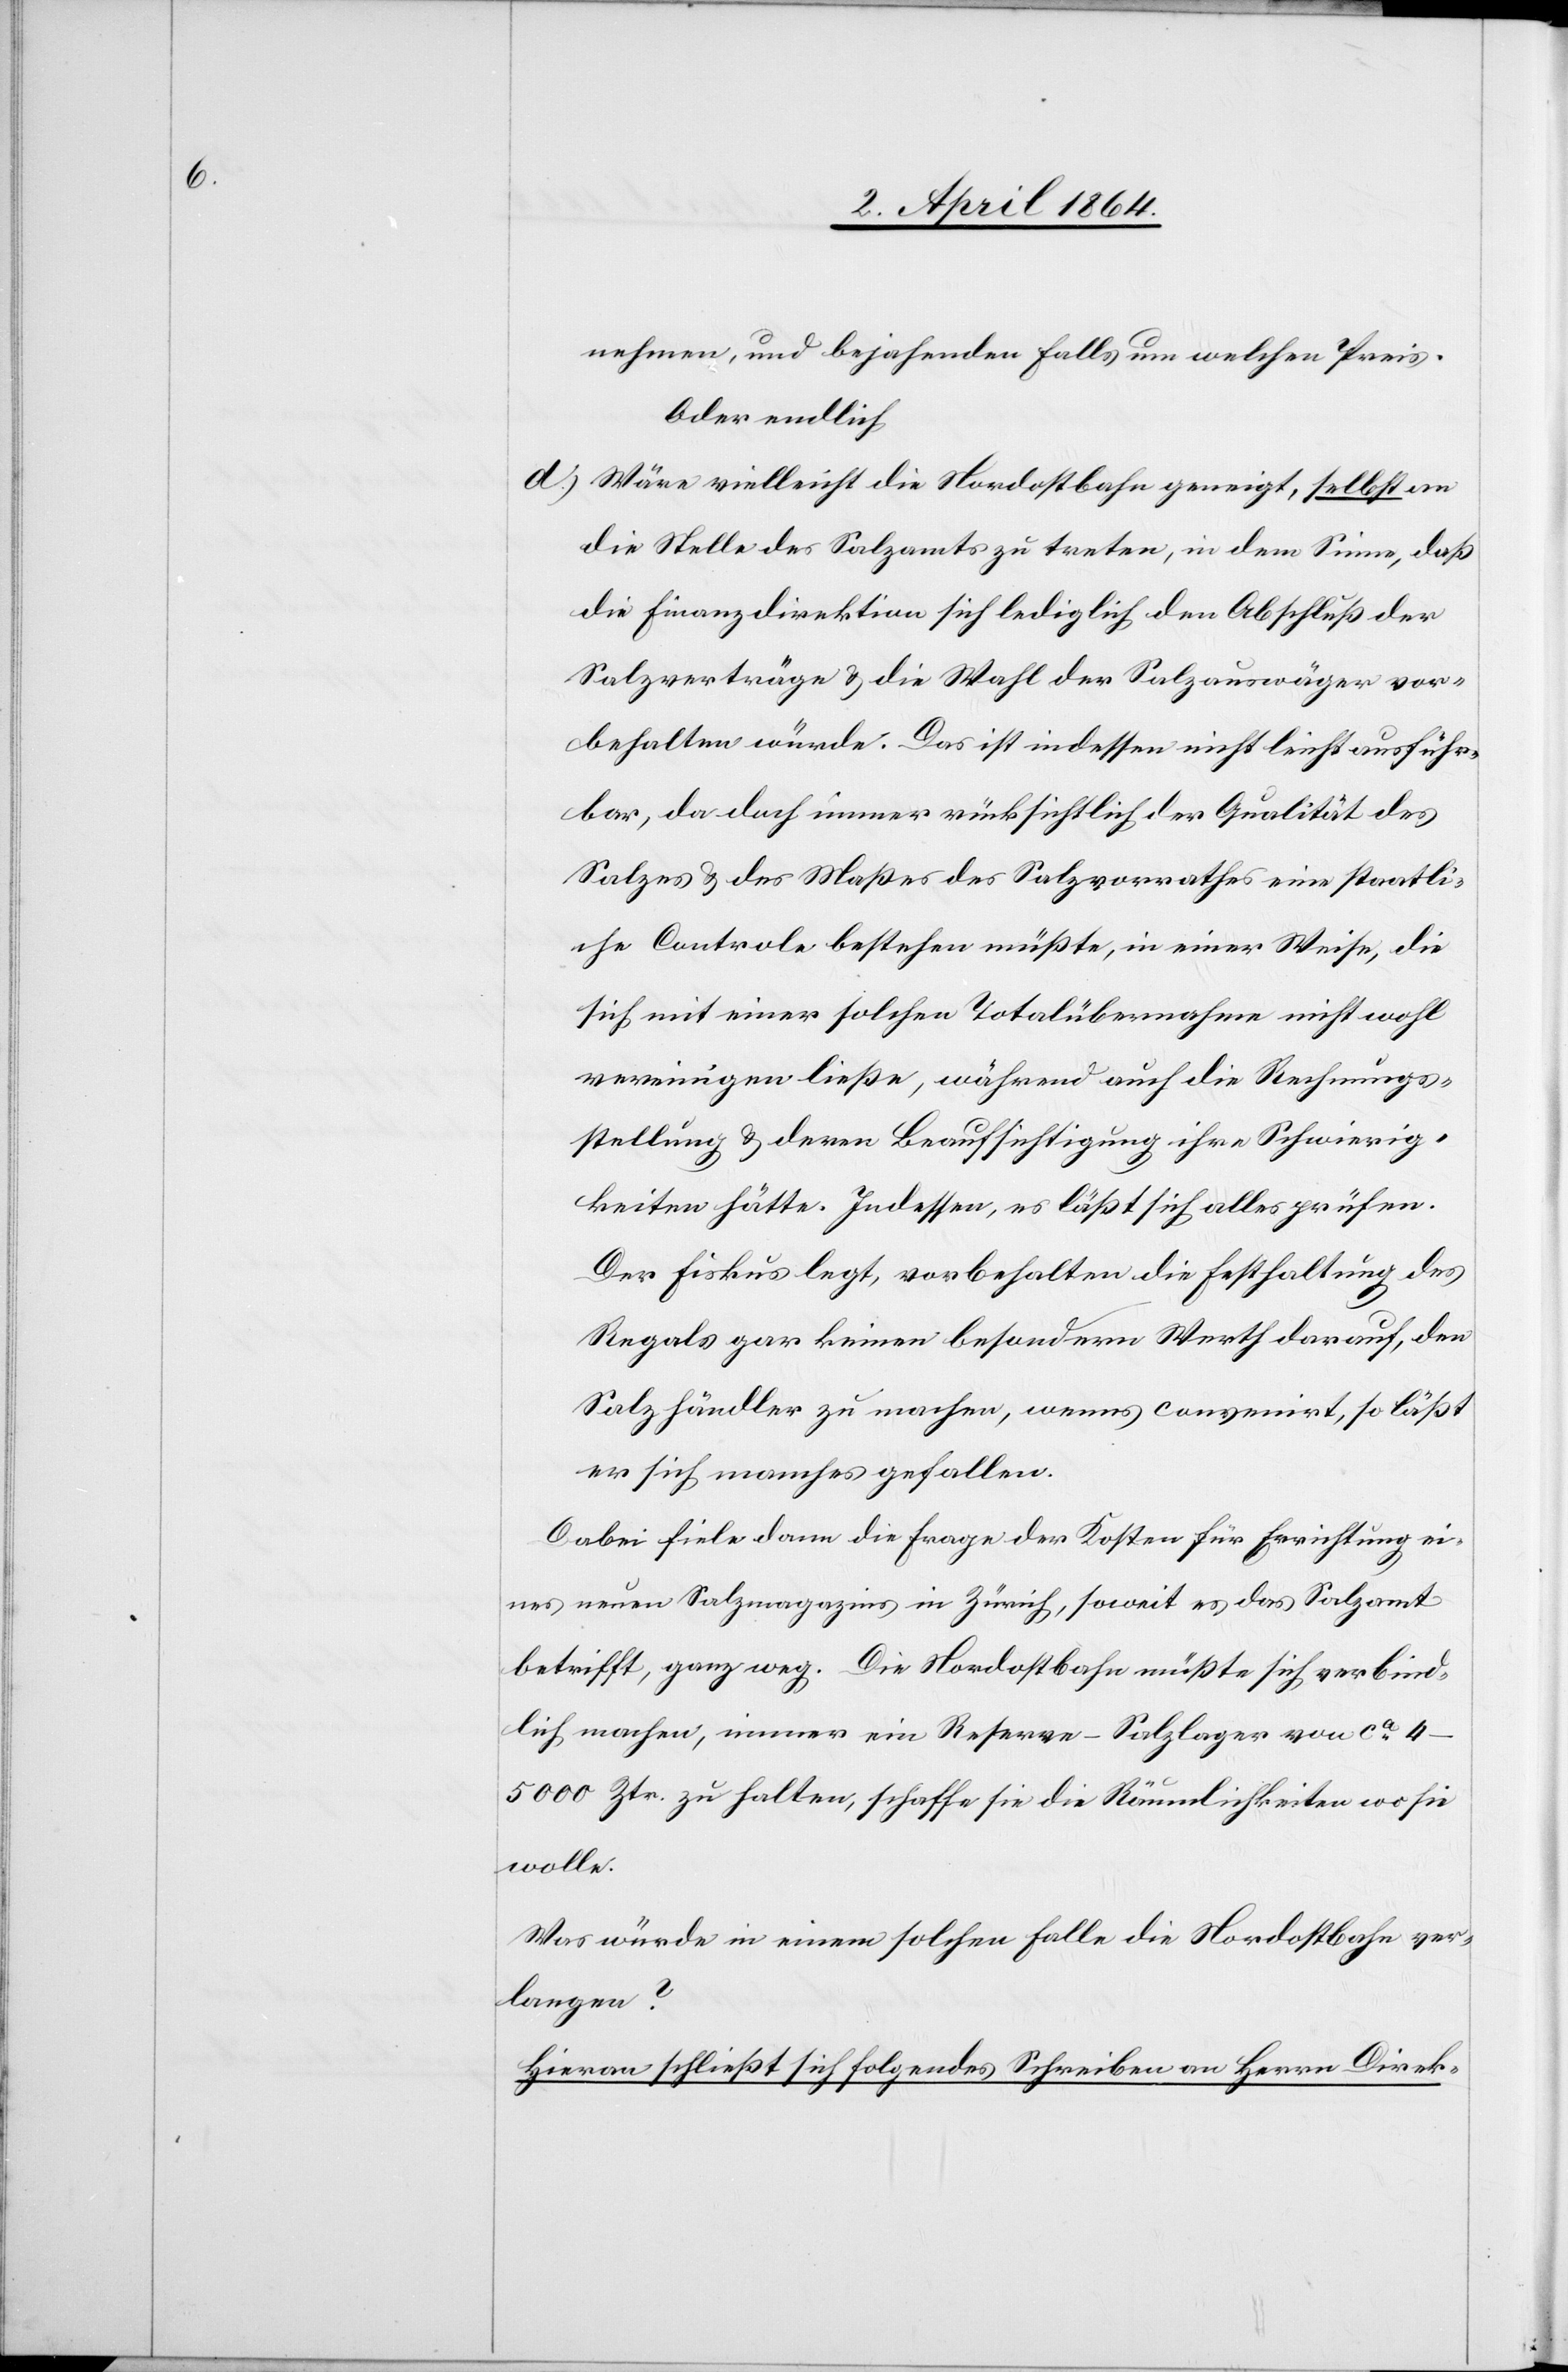
nehmen, und bejahenden Falls um welchen Preis
Oder endlich
d.) Wäre vielleicht die Nordostbahn geneigt, selbst an
die Stelle des Salzamts zu treten, in dem Sinne, daß
die Finanzdirektion sich lediglich den Abschluß der
Salzverträge u. die Wahl der Salzauswäger vor¬
behalten würde. Das ist indessen nicht leicht ausführ¬
bar, da doch immer rücksichtlich der Qualität des
Salzes u. des Maßes des Salzvorrathes eine staatli¬
che Controle bestehen müßte, in einer Weise, die
sich mit einer solchen Totalübernahme nicht wohl
vereinigen ließe, während auch die Rechnungs¬
stellung u. deren Beaufsichtigung ihre Schwierig¬
keiten hätte. Indessen, es läßt sich alles prüfen.
Der Fiskus legt, vorbehalten die Festhaltung des
Regals gar keinen besondern Werth darauf, den
Salzhändler zu machen, wenns convenirt, so läßt
er sich manches gefallen.
Dabei fiele dann die Frage der Kosten für Errichtung ei¬
nes neuen Salzmagazins in Zürich, soweit es das Salzamt
betrifft, ganz weg. Die Nordostbahn müßte sich verbind¬
lich machen, immer ein Reserve-Salzlager von ca
4-5000 Ztr. zu halten, schaffe sie die Räumlichkeiten wo sie
wolle.
Was würde in einem solchen Falle die Nordostbahn ver¬
langen?
Hieran schließt sich folgendes Schreiben an Herrn Direk-